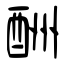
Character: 酬